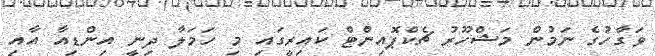
ވަގާހުގެ ނަމުން މަޝްހޫރު ޗެކްޕޮއިންޓް ކައިރީގައި މި ހަމަލާ ދިނީ އިންޑިއާ އާއި